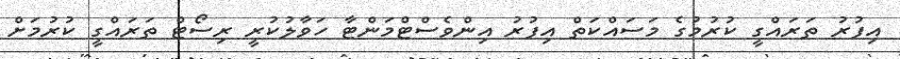
އިފުރު ތަރައްގީ ކުރުމުގެ މަސައްކަތް އިފުރު އިންވެސްޓްމަންޓާ ހަވާލުކުރީ ރިސޯޓް ތަރައްގީ ކުރުމަށް